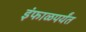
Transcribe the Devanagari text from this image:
इंफाळपर्यंत